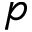
p